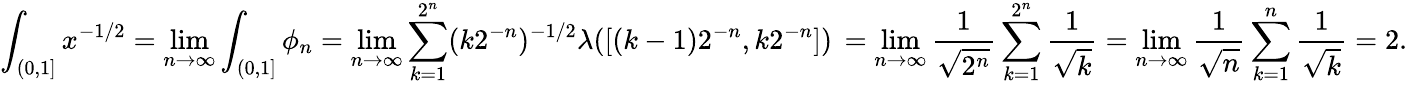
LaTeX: \int_{(0,1]}x^{-1/2}=\operatorname*{lim}_{n\to\infty}\int_{(0,1]}\phi_{n}=\operatorname*{lim}_{n\to\infty}\sum_{k=1}^{2^{n}}(k2^{-n})^{-1/2}\lambda([(k-1)2^{-n},k{2^{-n}}])\, =\operatorname*{lim}_{n\to\infty}\frac 1{\sqrt{2^{n}}}\sum_{k=1}^{2^{n}}\frac 1{\sqrt{k}}=\operatorname*{lim}_{n\to\infty}\frac 1{\sqrt{n}}\sum_{k=1}^{n}\frac 1{\sqrt{k}}=2.